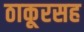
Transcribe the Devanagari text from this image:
ठाकूरसह